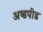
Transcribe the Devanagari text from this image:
अष्डपींड